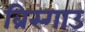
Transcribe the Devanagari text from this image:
ब्रिस्गाउ